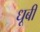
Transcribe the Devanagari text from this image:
धूबी